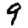
Digit: 9